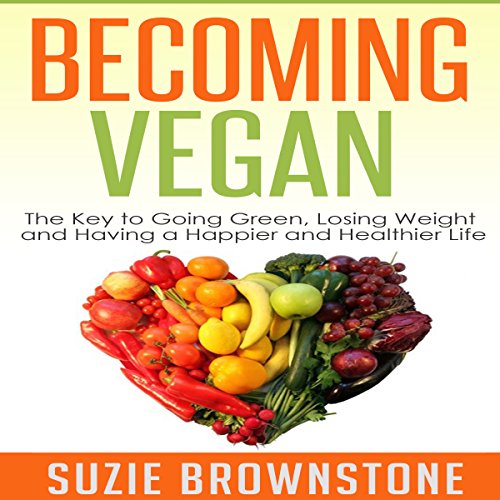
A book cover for Becoming Vegan Today: The Key to Going Green, Losing Weight and Having a Happier and Healthier Life; Suzie Brownstone; Health, Fitness & Dieting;